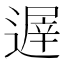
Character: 遟